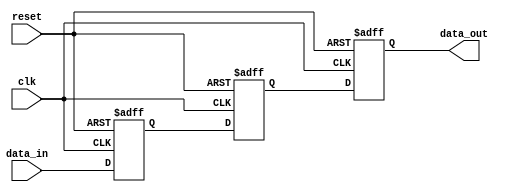
module three_flop_synchronizer(
    input wire clk,    // Clock input
    input wire reset,  // Reset input
    input wire data_in,  // Input signal to be synchronized
    output reg data_out  // Synchronized output signal
);

reg [2:0] flop1, flop2, flop3;

always @(posedge clk or posedge reset) begin
    if (reset) begin
        flop1 <= 1'b0;
        flop2 <= 1'b0;
        flop3 <= 1'b0;
    end else begin
        flop1 <= data_in;
        flop2 <= flop1;
        flop3 <= flop2;
    end
end

assign data_out = flop3;

endmodule